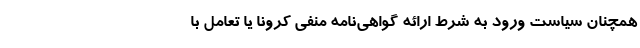
همچنان سیاست ورود به شرط ارائه گواهی‌نامه منفی کرونا یا تعامل با